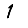
Digit: 1